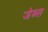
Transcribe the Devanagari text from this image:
जेब्स